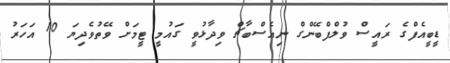
ޑީބީއެފްގެ ރައީސް ވުލްފްބޭންގް ނިއެސްބާޗް ވިދާޅުވީ ގައުމީ ޓީމަށް ވޭތުވެދިޔަ 10 އަހަރު